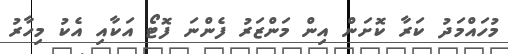
މުހައްމަދު ކަރާ ކޮށަން އިން މަންޒަރު ފެންނަ ފޮޓޯ އަކާއި އެކު މިހާރު